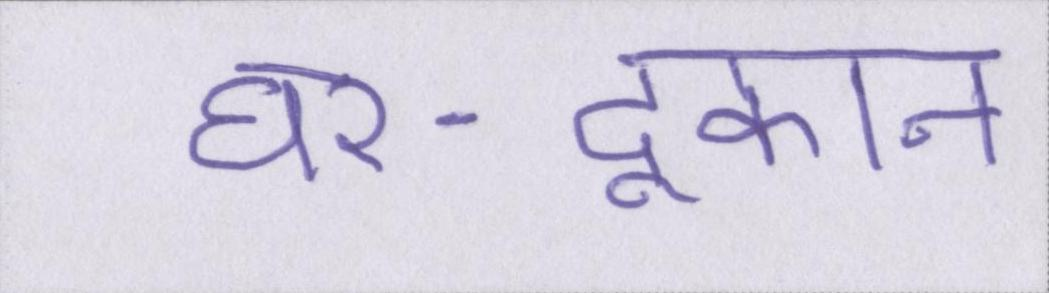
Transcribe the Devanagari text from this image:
घर-दूकान